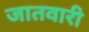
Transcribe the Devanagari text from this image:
जातवारी